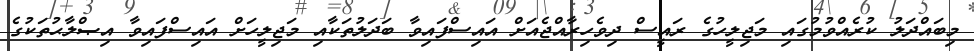
މިބައްދަލު ކުރެއްވުމުގައި މަޖިލީހުގެ ރައީސް ދިވެހިރާއްޖެއަށް އައިސްފައިވާ ބަދަލުތަކާއި މަޖިލީހަށް އައިސްފައިވާ އިޞްލާޙުތަކުގެ